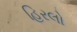
હિરલો